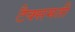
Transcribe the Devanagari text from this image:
टैक्समती